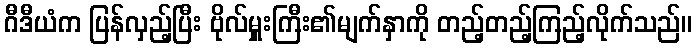
ဂီဒီယံက ပြန်လှည့်ပြီး ဗိုလ်မှူးကြီး၏မျက်နှာကို တည့်တည့်ကြည့်လိုက်သည်။